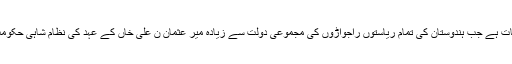
یہ اس وقت کی بات ہے جب ہندوستان کی تمام ریاستوں راجواڑوں کی مجموعی دولت سے زیادہ میر عثمان ن علی خاں کے عہد کی نظام شاہی حکومت کی دولت تھی۔